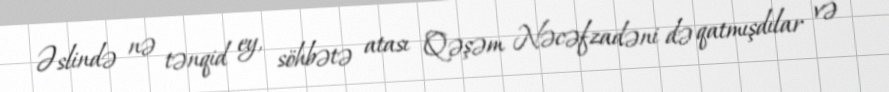
Əslində nə tənqid ey, söhbətə atası Qəşəm Nəcəfzadəni də qatmışdılar və